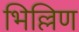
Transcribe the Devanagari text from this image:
भिल्लिण